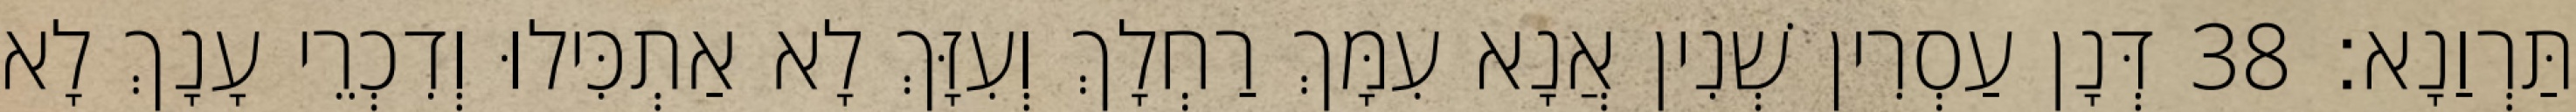
תַּרְוַנָא׃ 38 דְּנָן עַסְרִין שְׁנִין אֲנָא עִמָּךְ רַחְלָךְ וְעִזָּךְ לָא אַתְכִּילוּ וְדִכְרֵי עָנָךְ לָא